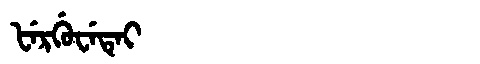
Manchu: ᡶᡝᡵᡤᡠᠸᡝᡨᡝᡳ
Romanization: FERGUWETEI